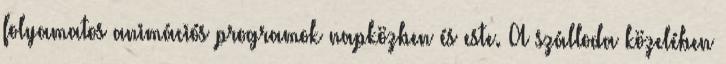
folyamatos animációs programok napközben és este. A szálloda közelében